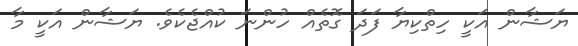
ޔަޝާން އަކީ ހިތްކިޔާ ފަދަ ގޮތެއް ހުންނަ ކުއްޖެކެވެ. ޔަޝާން އަކީ މާ